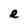
Character: e